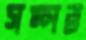
সম্পত্ত